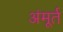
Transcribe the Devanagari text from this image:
अंमूर्त